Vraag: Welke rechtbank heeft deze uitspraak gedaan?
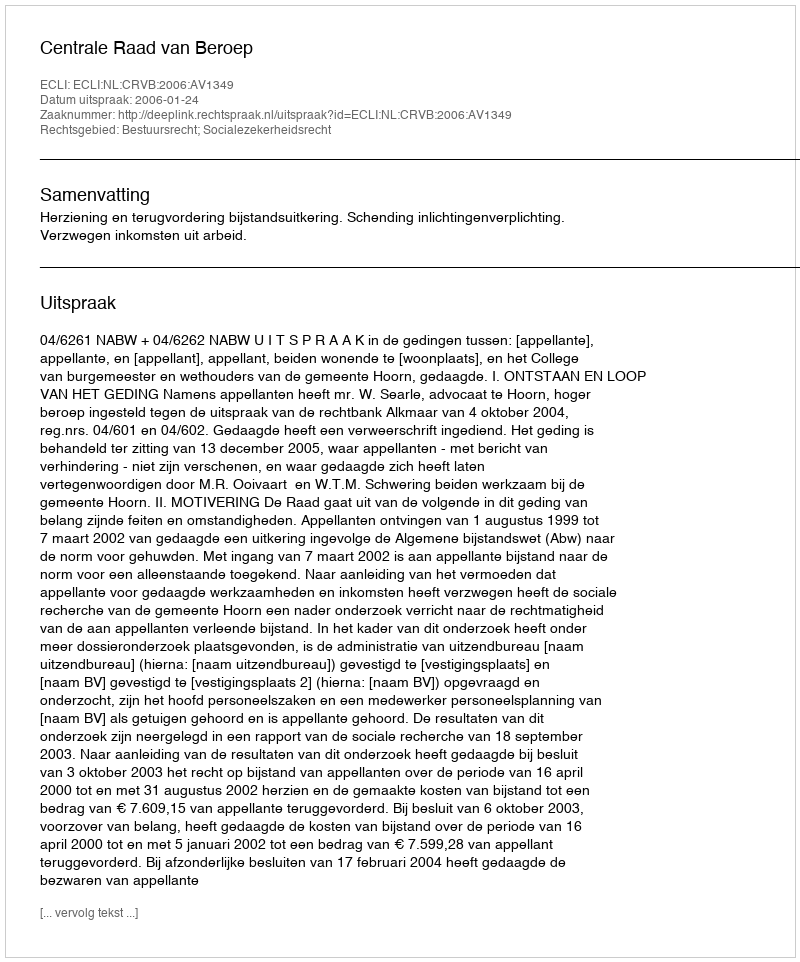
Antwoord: Centrale Raad van Beroep